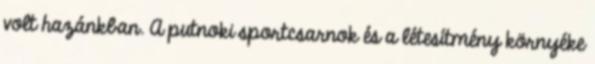
volt hazánkban. A putnoki sportcsarnok és a létesítmény környéke